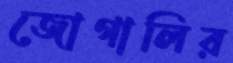
জোগালির